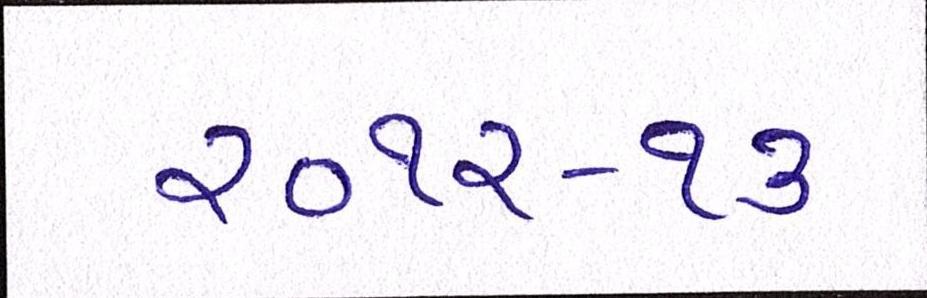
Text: ૨૦૧૨-૧૩